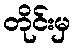
တိုင်းမှ